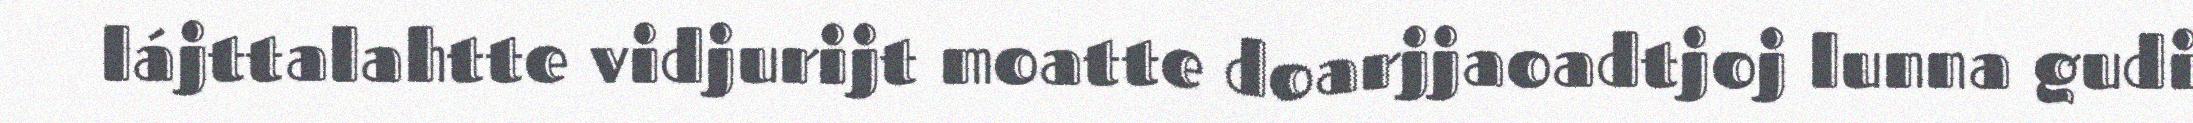
lájttalahtte vidjurijt moatte doarjjaoadtjoj lunna gudi